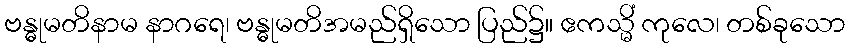
ဗန္ဓုမတိနာမ နာဂရေ၊ ဗန္ဓုမတိအမည်ရှိသော ပြည်၌။ ဧကသ္မိံ ကုလေ၊ တစ်ခုသော